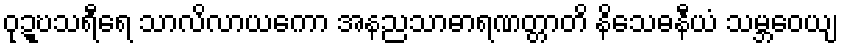
ဝုဍ္ဎသရီရေ သာလိလာယကော အနညသာဓာရဏတ္တာတိ နိသေဓနီယံ သမ္ဘဝေယျ